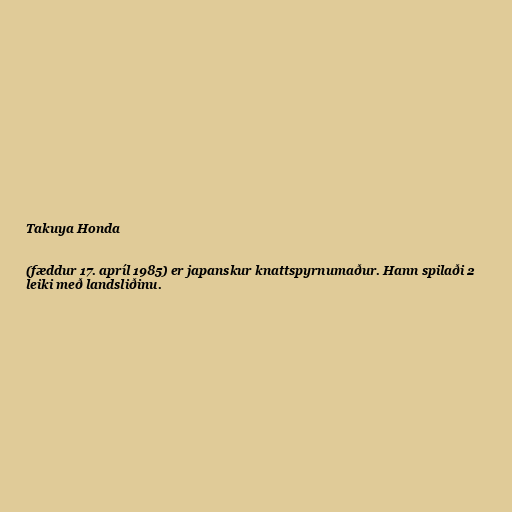
Takuya Honda

(fæddur 17. apríl 1985) er japanskur knattspyrnumaður. Hann spilaði 2
leiki með landsliðinu.